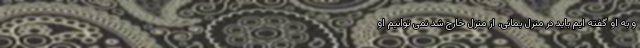
و به او گفته ایم باید در منزل بمانی، از منزل خارج شد نمی توانیم او